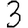
Digit: 3